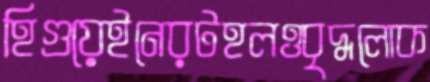
হিগুয়েইনেরটহলওবৃদ্ধলোক